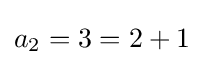
a_{2}=3=2+1